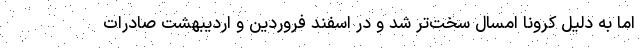
اما به دلیل کرونا امسال سخت‌تر شد و در اسفند فروردین و اردیبهشت صادرات